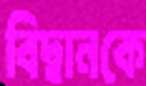
বিদ্বানকে